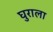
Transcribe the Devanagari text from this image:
घुराला